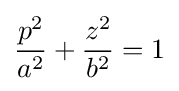
{\frac {p^{2}}{a^{2}}}+{\frac {z^{2}}{b^{2}}}=1